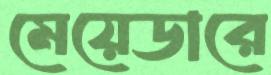
মেয়েডারে